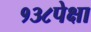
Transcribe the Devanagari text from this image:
१३८पेक्षा